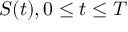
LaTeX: { \mathbf { } } S ( t ) , 0 \leq t \leq T